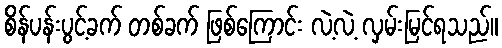
စိန်ပန်းပွင့်ခက် တစ်ခက် ဖြစ်ကြောင်း လဲ့လဲ့ လှမ်းမြင်ရသည်။